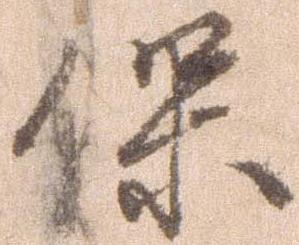
保